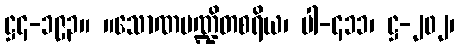
ဋ္ဌ၄-၁၉၃။ ။သောဏပဏ္ဍိတစရိယ၊ ပါ-၄၁၁၊ ဋ္ဌ-၂၀၂၊